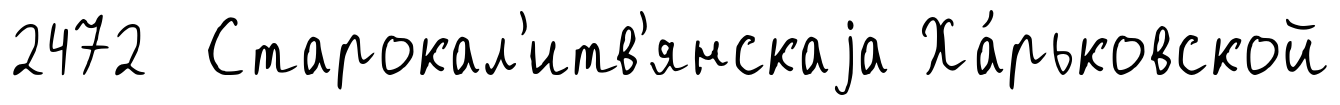
2472 Старокал'итв'янскаjа Ха́рьковской